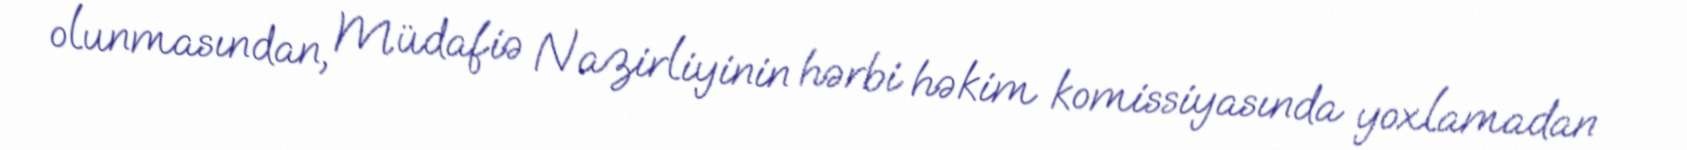
olunmasından, Müdafiə Nazirliyinin hərbi həkim komissiyasında yoxlamadan